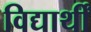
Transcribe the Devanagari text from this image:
विद्यार्थीं